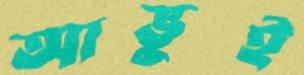
আভুই